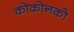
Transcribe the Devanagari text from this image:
कोकोनको